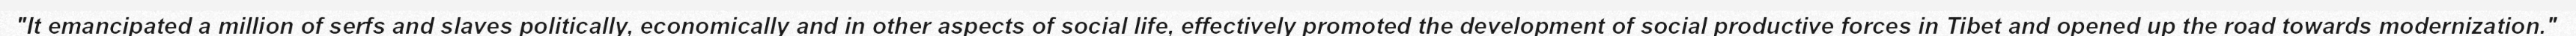
"It emancipated a million of serfs and slaves politically, economically and in other aspects of social life, effectively promoted the development of social productive forces in Tibet and opened up the road towards modernization."